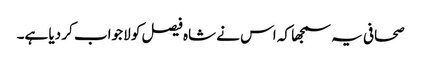
صحافی یہ سمجھا کہ اس نے شاہ فیصل کو لا جواب کر دیا ہے۔